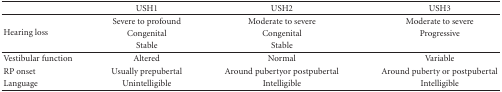
|  | USH1 | USH2 | USH3 |
 | --- | --- | --- | --- |
 | <ROWSPAN=3> Hearing loss | Severe to profound | Moderate to severe | Moderate to severe |
 | Congenital | Congenital | Progressive |
 | Stable | Stable |  |
 | Vestibular function | Altered | Normal | Variable |
 | RP onset | Usually prepubertal | Around pubertyor postpubertal | Around puberty or postpubertal |
 | Language | Unintelligible | Intelligible | Intelligible |